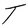
Character: T